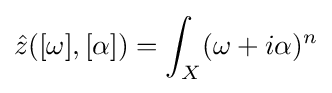
{\hat {z}}([\omega ],[\alpha ])=\int _{X}(\omega +i\alpha )^{n}